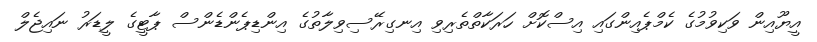
އީޔޫއިން ވަކިވުމުގެ ކެމްޕެއިންގައި އިސްކޮށް ހަރަކާތްތެރިވި އިނގިރޭސިވިލާތުގެ އިންޑިޕެންޑެންސް ޕާޓީގެ ލީޑަރު ނައިޖެލް